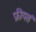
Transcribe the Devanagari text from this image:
फ्रीयर्स